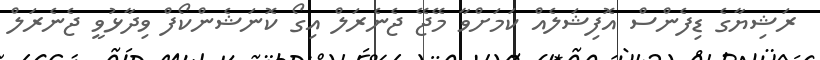
ރަޝިޔާގެ ޑިފެންސް އޮފިޝަލެއް ކަމަށްވާ މޭޖޭ ޖެނެރަލް އިގޯ ކޮނަޝެންކޯފް ވިދާޅުވީ ޖެނެރަލް